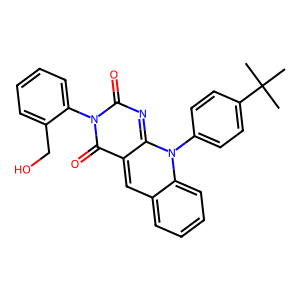
SMILES: CC(C)(C)c1ccc(-n2c3nc(=O)n(-c4ccccc4CO)c(=O)c-3cc3ccccc32)cc1
Inhibits HIV replication: No